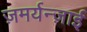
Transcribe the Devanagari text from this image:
ज़मर्यन्ज़ाई